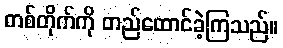
တစ်တိုက်ကို တည်ထောင်ခဲ့ကြသည်။